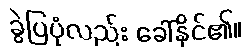
ခွဲပြပုံလည်း ခေါ်နိုင်၏။